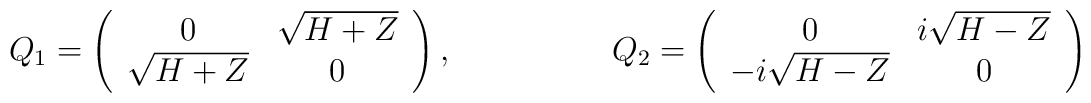
Q_1=\left( \begin{array}{cc} 0 & \sqrt{H+Z} \\ \sqrt{H+Z} & 0 \\ \end{array} \right), \hspace{2cm}Q_2=\left( \begin{array}{cc} 0 & i \sqrt{H-Z} \\ -i \sqrt{H-Z} & 0 \\ \end{array} \right)